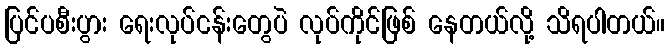
ပြင်ပစီးပွား ရေးလုပ်ငန်းတွေပဲ လုပ်ကိုင်ဖြစ် နေတယ်လို့ သိရပါတယ်။